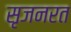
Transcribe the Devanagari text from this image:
सृजनरत